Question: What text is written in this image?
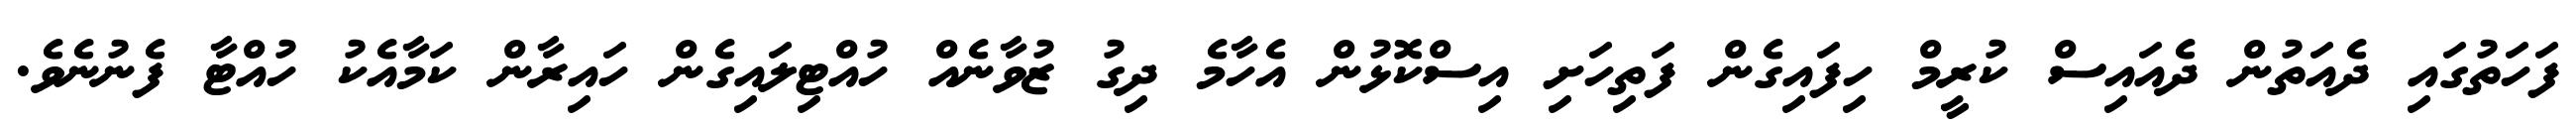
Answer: ފަހަތުގައި ދެއަތުން ދެއައިސް ކުރީމް ހިފައިގެން ފަތިހަށި އިސްކޮޅުން އެހާމެ ދިގު ޒުވާނެއް ހުއްޓިލައިގެން ހައިރާން ކަމާއެކު ހުއްޓާ ފެނުނެވެ.